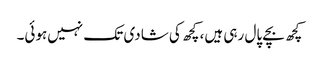
کچھ بچے پال رہی ہیں، کچھ کی شادی تک نہیں‌ہوئی۔